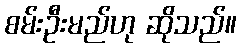
စမ်းဦးမည်ဟု ဆိုသည်။